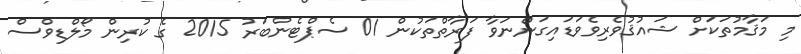
މި މަޤާމުތަކަށް ޝައުޤުވެރިވެވަޑައިގަންނަވާ ފަރާތްތަކުން 01 ސެޕްޓެންބަރު 2015 ގެ ކުރިން މޯލްޑިވްސް